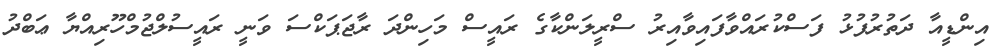
އިންޑީއާ ދަތުރުފުޅު ފަސްކުރައްވާފައިވާއިރު ސްރީލަންކާގެ ރައީސް މަހިންދަ ރާޖަޕަކްސަ ވަނީ ރައީސުލްޖުމްހޫރިއްޔާ ޢަބްދު